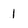
Character: 1